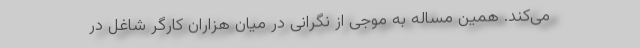
می‌کند. همین مساله به موجی از نگرانی در میان هزاران کارگر شاغل در